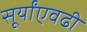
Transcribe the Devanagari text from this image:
सूर्यांएवढी